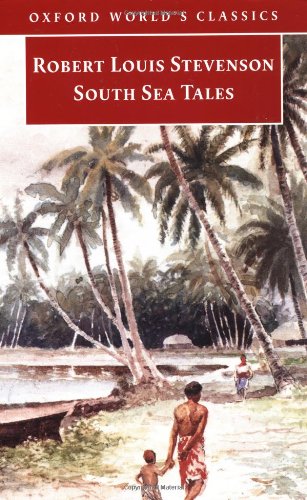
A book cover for South Sea Tales (Oxford World's Classics); Robert Louis Stevenson; Travel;